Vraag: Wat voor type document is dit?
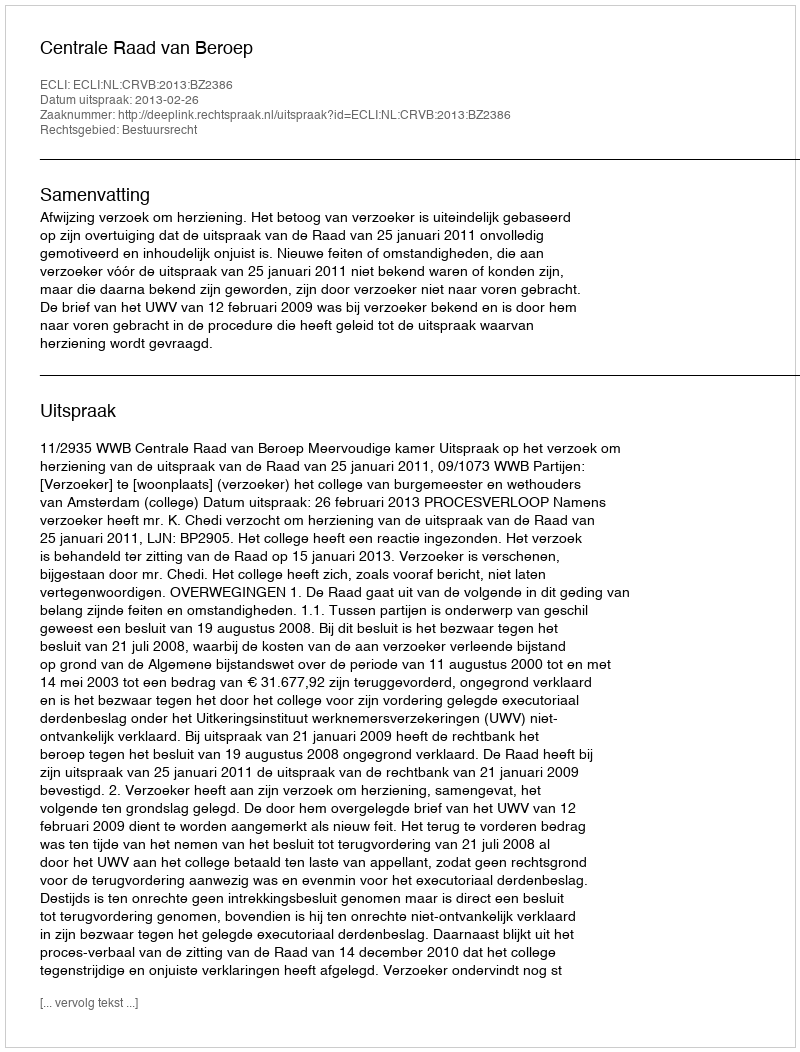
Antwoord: Uitspraak